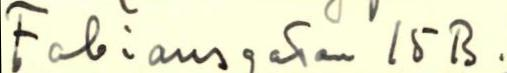
Fabiansgatan 15 B.